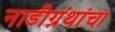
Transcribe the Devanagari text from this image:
नाडीग्रंथांचा